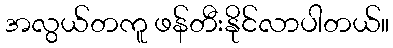
အလွယ်တကူ ဖန်တီးနိုင်လာပါတယ်။